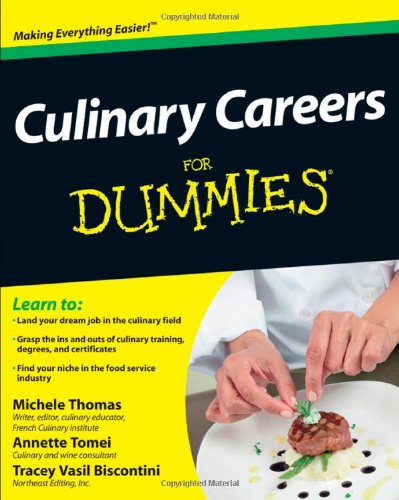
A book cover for Culinary Careers For Dummies; Michele Thomas; Education & Teaching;